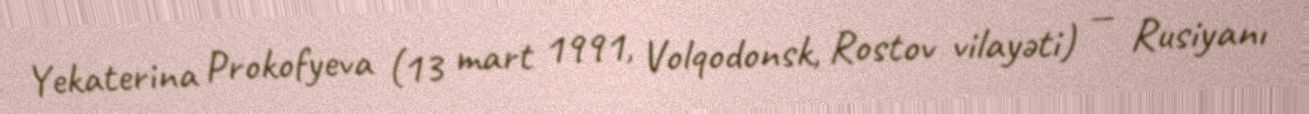
Yekaterina Prokofyeva (13 mart 1991, Volqodonsk, Rostov vilayəti) — Rusiyanı